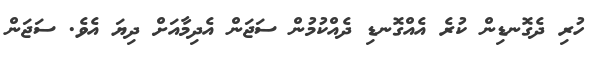
ހުރި ދެގޮނޑިން ކުރެ އެއްގޮނޑި ދެއްކުމުން ސަޖަން އެދިމާއަށް ދިޔަ އެވެ. ސަޖަން